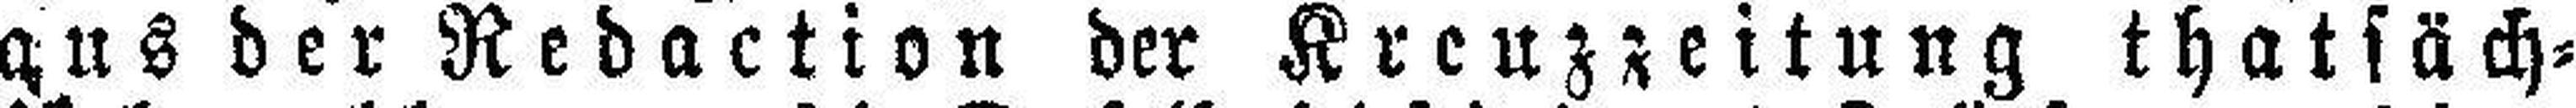
aus der Redaction der Kreuzzeitung thatsäch¬